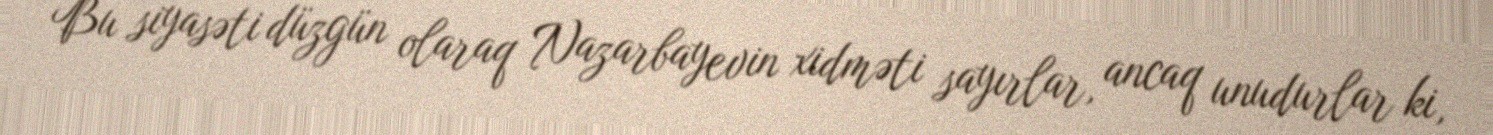
Bu siyasəti düzgün olaraq Nazarbayevin xidməti sayırlar, ancaq unudurlar ki,